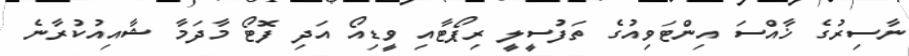
ނާސިރުގެ ޚާއްސަ އިންޓަވިއުގެ ތަފުސީލީ ރިޕޯޓާއި ވީޑިއޯ އަދި ފޮޓޯ މާދަމާ ޝާއިއުކުރާނެ